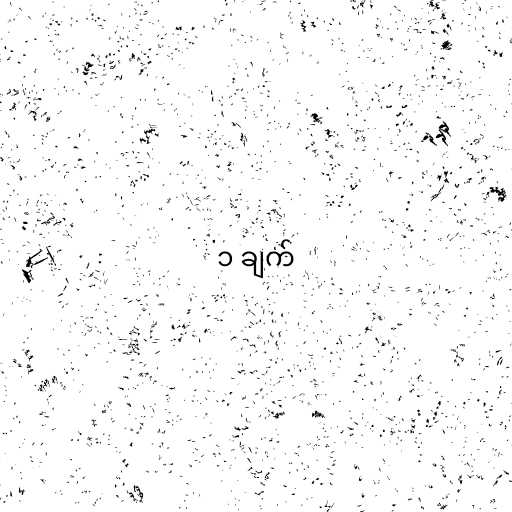
၁ ချက်